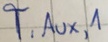
Text: T,Aux,1